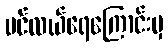
ပင်လယ်ရေကြောင်းမှ